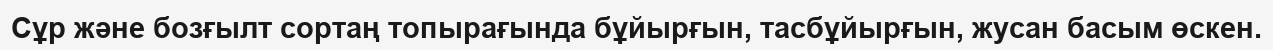
Сұр және бозғылт сортаң топырағында бұйырғын, тасбұйырғын, жусан басым өскен.